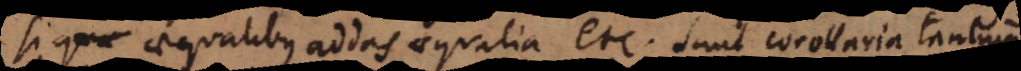
si aequalibus addas aequalia etc. sunt corollaria tantum